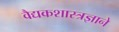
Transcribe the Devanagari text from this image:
वैद्यकशास्त्रज्ञाने